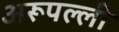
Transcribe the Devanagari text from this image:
अरूपल्ली